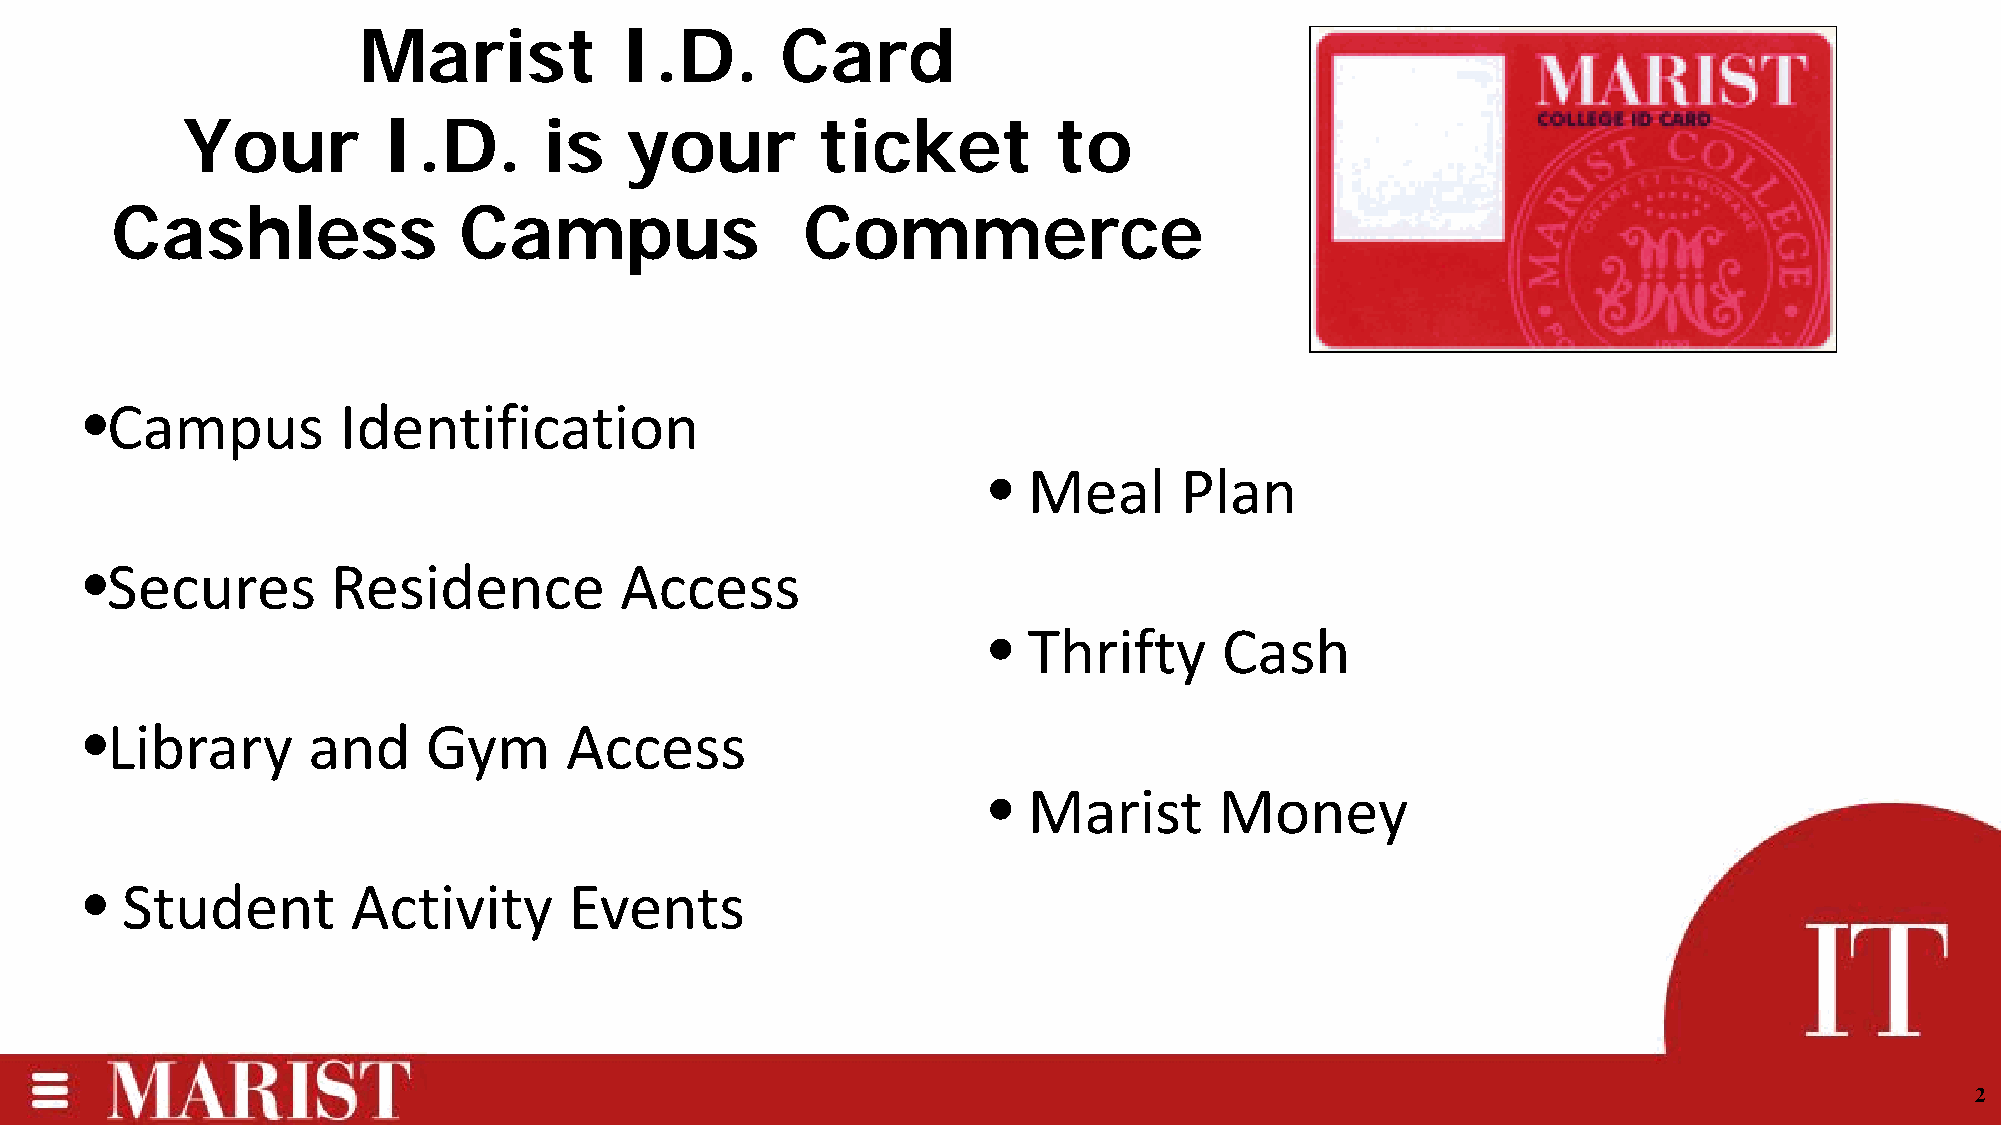
Marist           I.D.       Card
 Your         I.D.       is   your         ticket          to
 Cashless               Campus                 Commerce
 •Campus         Identification
 •  Meal      Plan
 •Secures        Residence          Access
 •  Thrifty      Cash
 •Library      and     Gym      Access
 •  Marist       Money
 • Student        Activity       Events
 2